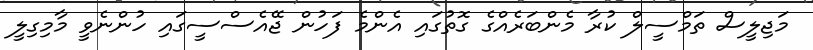
މަޖިލީސް ތަމްސީލް ކުރާ މެންބަރެއްގެ ގޮތުގައި އެންމެ ފަހުން ޖޭއެސްސީގައި ހުންނެވީ މާމިގިލީ